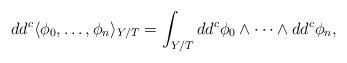
LaTeX: \begin{align*}dd^c\langle\phi_0,\dots,\phi_n\rangle_{Y/T}=\int_{Y/T}dd^c\phi_0\wedge\dots\wedge dd^c\phi_n, \end{align*}